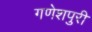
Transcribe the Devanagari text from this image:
गणेशपुरी